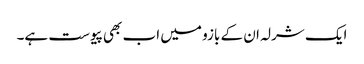
ایک شرلہ ان کے بازو میں اب بھی پیوست ہے۔